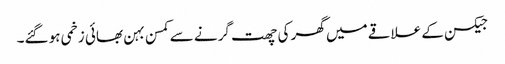
جیکسن کے علاقے میں گھر کی چھت گرنے سے کمسن بہن بھائی زخمی ہو گئے۔